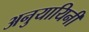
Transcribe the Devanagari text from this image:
अनुयायिनी